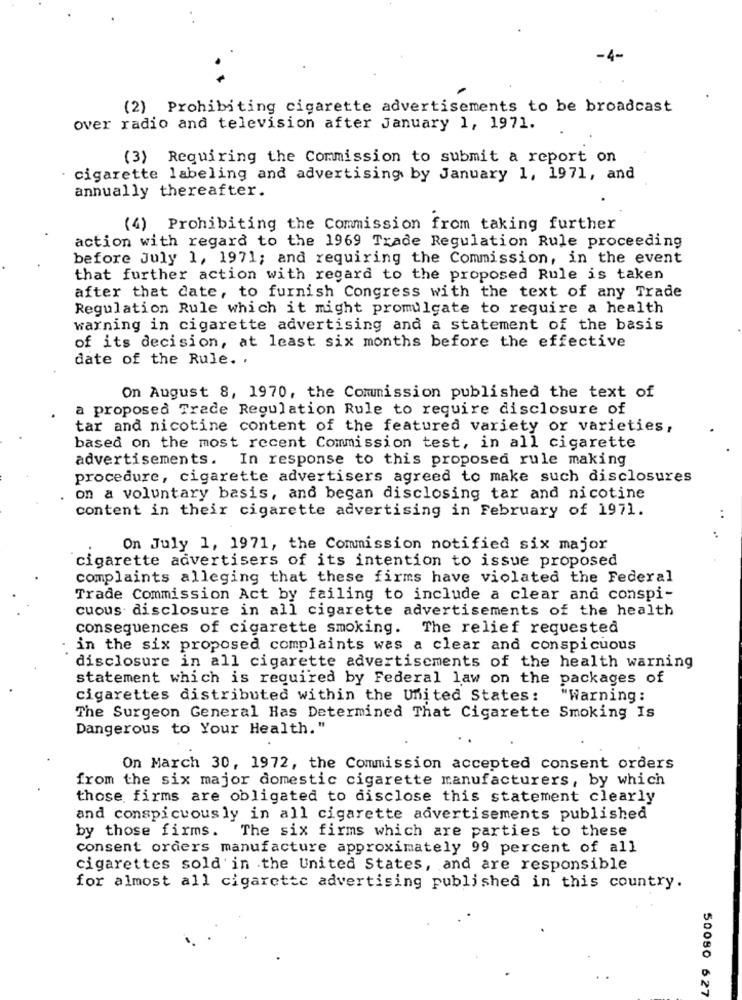
(2) Prohibiting cigarette advertisements to be broadcast
over radio and television after January 1, 1971.
(3) Requiring the Commission to submit a report on
cigarette labeling and advertising by January 1, 1971, and
annually thereafter.
(4) Prohibiting the Commission from taking further
action with regard to the 1969 Trade Regulation Rule proceeding
before July 1, 1971; and requiring the Commission, in the event
that further action with regard to the proposed Rule is taken
after that cate, to furnish Congress with the text of any Trade
Regulation Rule which it might promulgate to require a health
warning in cigarette advertising and a statement of the basis
of its decision, at least six months before the effective
date of the Rule. .
On August 8, 1970, the Comunission published the text of
a proposed Trade Regulation Rule to require disclosure of
tar and nicotine content of the featured variety or varieties,
based on the most recent Commission test, in all cigarette
advertisements. In response to this proposed rule making
procedure, cigarette advertisers agreed to make such disclosures
on a voluntary basis, and began disclosing tar and nicotine
content in their cigarette advertising in February of 1971.
..
On July 1, 1971, the Commission notified six major
cigarette advertisers of its intention to issue proposed
complaints alleging that these firms have violated the Federal
Trade Commission Act by failing to include a clear and conspi-
cuous disclosure in all cigarette advertisements of the health
consequences of cigarette smoking. The relief requested
in the six proposed complaints was a clear and conspicuous
disclosure in all cigarette advertisements of the health warning
statement which is required by Federal law on the packages of
cigarettes distributed within the United States: "Warning:
The Surgeon General Has Determined That Cigarette Smoking Is
Dangerous to Your Health."
On March 30, 1972, the Commission accepted consent orders
from the six major domestic cigarette manufacturers, by which
those firms are obligated to disclose this statement clearly
and conspicuously in all cigarette advertisements published
by those firms. The six firms which are parties to these
consent orders manufacture approximately 99 percent of all
cigarettes sold in the United States, and are responsible
for almost all cigarette advertising published in this country.
50080 627